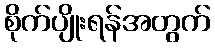
စိုက်ပျိုးရန်အတွက်